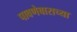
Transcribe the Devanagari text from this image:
पावणेबाराच्या